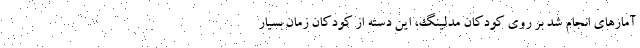
آمارهای انجام شد بر روی کودکان مدلینگ، این دسته از کودکان زمان بسیار